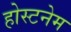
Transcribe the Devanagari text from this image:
होस्टनेम